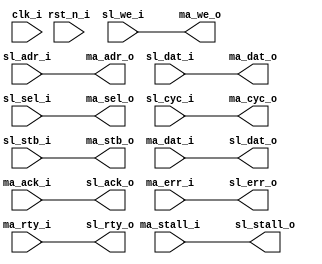
module wb_slave_adapter #(
    parameter dw = 32,
    parameter aw = 32,
    // Wishbone master mode: 0 ("CLASSIC") or 1 ("PIPELINED")
    parameter g_master_mode        = 0,
    // Wishbone master g_slave_granularity: 0 ("BYTE") or 1 ("WORD")
    parameter g_master_granularity = 0,
    // Wishbone slave mode: 0 ("CLASSIC") or 1 ("PIPELINED")
    parameter g_slave_mode         = 0,
    // Wishbone master g_slave_granularity: 0 ("BYTE") or 1 ("WORD")
    parameter g_slave_granularity  = 0
) (
    // Clock/Resets
    input               clk_i,
    input               rst_n_i,

    // Wishbone signals
    // slave port (i.e. wb_slave_adapter is slave)
    input  [aw-1:0]     sl_adr_i,
    input  [dw-1:0]     sl_dat_i,
    input  [dw/8-1:0]   sl_sel_i,
    input               sl_we_i,
    input               sl_cyc_i,
    input               sl_stb_i,
    output [dw-1:0]     sl_dat_o,
    output              sl_ack_o,
    output              sl_err_o,
    output              sl_rty_o,
    output              sl_stall_o,

    // master port (i.e. wb_slave_adapter is master)
    output [aw-1:0]     ma_adr_o,
    output [dw-1:0]     ma_dat_o,
    output [dw/8-1:0]   ma_sel_o,
    output              ma_we_o,
    output              ma_cyc_o,
    output              ma_stb_o,
    input [dw-1:0]      ma_dat_i,
    input               ma_ack_i,
    input               ma_err_i,
    input               ma_rty_i,
    input               ma_stall_i
);

// As we only support 32 bits of wishbone data, the conversion
// from byte to word is always to shift data to 2 bits
localparam c_num_bytes2word_bits = 2;
localparam [c_num_bytes2word_bits-1:0] c_zero_bytes2word = 0;
localparam c_state_width = 1;
localparam [c_state_width-1:0]
    IDLE = 0,
    WAIT4ACK = 1;

reg [c_state_width-1:0] fsm_state = IDLE;

// Master to Slave address generation
generate
    if (g_master_granularity == g_slave_granularity)
        assign ma_adr_o = sl_adr_i;
    else if (g_master_granularity == 0) // byte -> word
        assign ma_adr_o = {sl_adr_i[32-c_num_bytes2word_bits-1:0], c_zero_bytes2word};
    else // word -> byte
        assign ma_adr_o = {c_zero_bytes2word, sl_adr_i[32-1:c_num_bytes2word_bits]};
endgenerate

// Parameter check
generate if (g_slave_mode != 0 && g_slave_mode != 1) begin: gen_error
    g_slave_mode_is_invalid_valid_modes_are_classic_or_pipelined invalid();
end
endgenerate

// Parameter check
generate if (g_master_mode != 0 && g_master_mode != 1) begin: gen_error
    g_master_mode_is_invalid_valid_modes_are_classic_or_pipelined invalid();
end
endgenerate

generate if (g_slave_mode == 1 && g_master_mode == 0) begin: gen_p2c
    assign ma_stb_o = sl_stb_i;
    assign sl_stall_o = ~ma_ack_i;
end
endgenerate

generate if (g_slave_mode == 0 && g_master_mode == 1) begin: gen_c2p
    assign ma_stb_o = (fsm_state == IDLE)? sl_stb_i : 0;
    assign sl_stall_o = 0; // classic will ignore this anyway

    always @(posedge clk_i) begin
        if (~rst_n_i)
            fsm_state <= IDLE;
        else begin
            case (fsm_state)
                IDLE: begin
                    if (sl_stb_i && sl_cyc_i && ~ma_stall_i && ~ma_ack_i)
                        fsm_state <= WAIT4ACK;
                end

                WAIT4ACK: begin
                    if ((~sl_stb_i && ~sl_cyc_i) || ma_ack_i || ma_err_i)
                        fsm_state <= IDLE;
                end
            endcase
        end
    end
end
endgenerate

generate if (g_slave_mode == g_master_mode) begin: gen_x2x
    assign ma_stb_o = sl_stb_i;
    assign sl_stall_o = ma_stall_i;
end
endgenerate

assign ma_dat_o = sl_dat_i;
assign ma_cyc_o = sl_cyc_i;
assign ma_sel_o = sl_sel_i;
assign ma_we_o  = sl_we_i;

assign sl_ack_o = ma_ack_i;
assign sl_err_o = ma_err_i;
assign sl_rty_o = ma_rty_i;
assign sl_dat_o = ma_dat_i;

endmodule